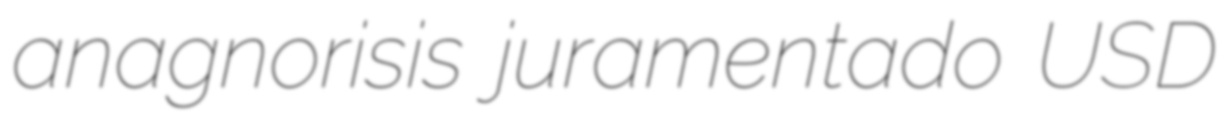
anagnorisis juramentado USD